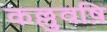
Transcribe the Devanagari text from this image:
कल्लुवष़ि